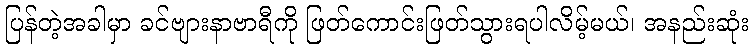
ပြန်တဲ့အခါမှာ ခင်ဗျားနာဗာရီကို ဖြတ်ကောင်းဖြတ်သွားရပါလိမ့်မယ်၊ အနည်းဆုံး